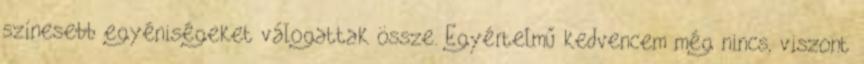
színesebb egyéniségeket válogattak össze. Egyértelmű kedvencem még nincs, viszont